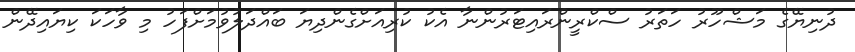
ދުނިޔޭގެ މަޝްހޫރު ހަތަރު ސްކްރީންރައިޓަރުންނާ އެކު ކުރިއަށްގެންދިޔަ ބައްދަލުވުމަށްފަހު މި ވާހަކަ ކިޔައިދޭން